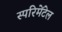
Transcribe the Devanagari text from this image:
स्परिमेंटेल